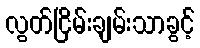
လွတ်ငြိမ်းချမ်းသာခွင့်